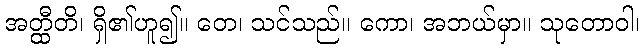
အတ္ထီတိ၊ ရှိ၏ဟူ၍။ တေ၊ သင်သည်။ ကော၊ အဘယ်မှာ။ သုတောဝါ၊